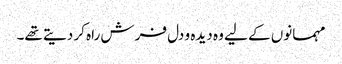
مہمانوں کے لیے وہ دیدہ و دل فرش راہ کر دیتے تھے۔